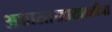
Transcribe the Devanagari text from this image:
अन्नासाखाखाळीचा